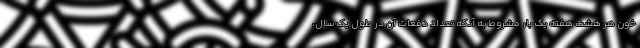
خون هر هشت هفته یک بار مشروط به آنکه تعداد دفعات آن در طول یک سال،